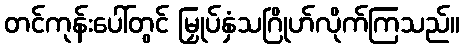
တင်ကုန်းပေါ်တွင် မြှုပ်နှံသဂြိုဟ်လိုက်ကြသည်။